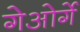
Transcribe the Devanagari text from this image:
गेओर्गे